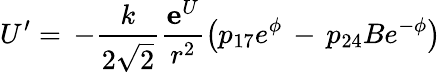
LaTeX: U^{\prime}=\, -\frac{k}{2\sqrt{2}}\frac{{\mathbf e^{U}}}{r^{2}}\left(p_{17}e^{\phi}\, -\, p_{24}Be^{-\phi}\right)